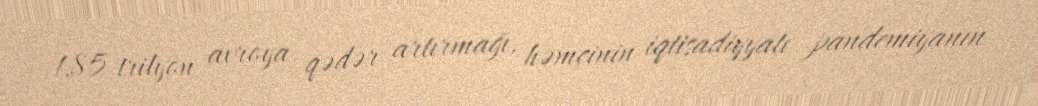
1,85 trilyon avroya qədər artırmağı, həmçinin iqtisadiyyatı pandemiyanın